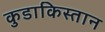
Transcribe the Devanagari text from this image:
कुडाकिस्तान